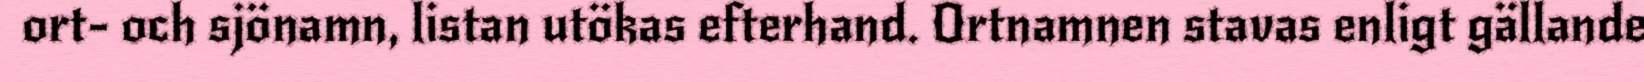
ort- och sjönamn, listan utökas efterhand. Ortnamnen stavas enligt gällande